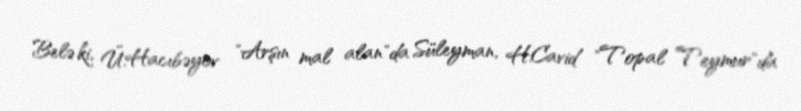
Belə ki, Ü.Hacıbəyov "Arşın mal alan"da Süleyman, H.Cavid "Topal Teymur"da